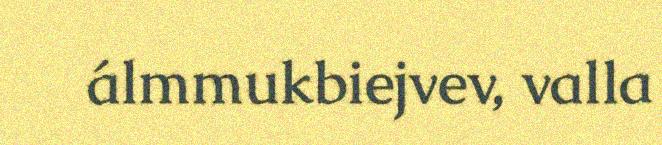
álmmukbiejvev, valla